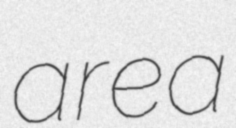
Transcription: area